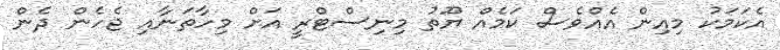
އެކަމަކު މިއިން އެއްވެސް ކަމެއް ޔޫތު މިނިސްޓްރީ އަށް މިހާތަނާއި ޖެހެން ދެން